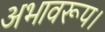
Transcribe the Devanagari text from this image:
अभावरूप।